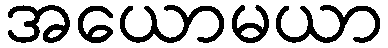
အယောမယာ